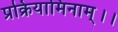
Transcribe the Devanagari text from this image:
प्रक्रियामिनाम्।।